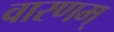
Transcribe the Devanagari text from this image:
वारणम्